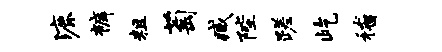
漉裤粗萄臧陛蹉屹稽